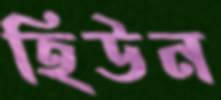
হিউন